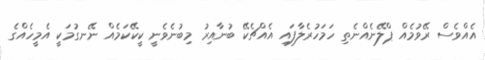
އެއްވެސް ރޭވުމެއް ޕްލޭނެއްނެތި ހަމަހުރެލާފައި އެއްޗެކޭ ބުނާއިރު މިބުނެވެނީ ކީކޭކަމެއް ނޭނގުމަކީ އެމީހެއްގެ